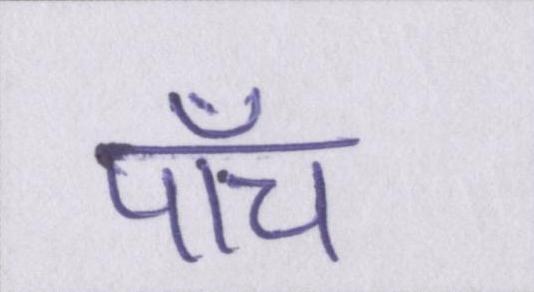
पाँच